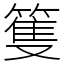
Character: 篗